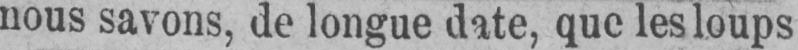
nous savons, de longue date, que les loups